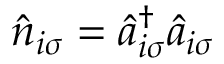
\hat { n } _ { i \sigma } = \hat { a } _ { i \sigma } ^ { \dagger } \hat { a } _ { i \sigma }